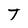
Character: T